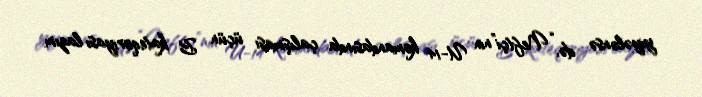
yiyələnsə də, “Neftçi”nin U-14 komandasında çalışması üçün B kateqoriyası lazım